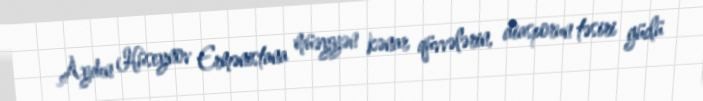
Aydın Hüseynov Ermənistana müəyyən kənar qüvvələrin, diasporun təsiri güclü